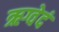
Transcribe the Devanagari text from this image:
ऋग्वेदं